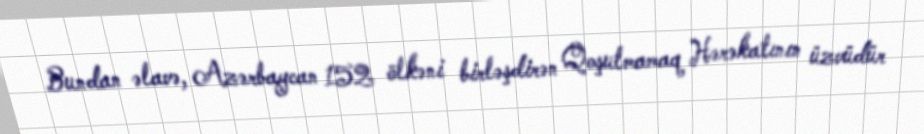
Bundan əlavə, Azərbaycan 152 ölkəni birləşdirən Qoşulmamaq Hərəkatının üzvüdür